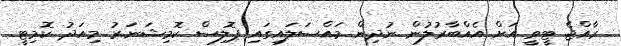
ރާއްޖެ ޓީވީ އަށް އެއްބާރުލުން ނުދިން މައްސަލައިގައި ޕޮލިސް ކޮމިޝަނަރު މިއަދު ކޮމިޓީ